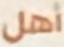
أهل